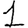
Digit: 1